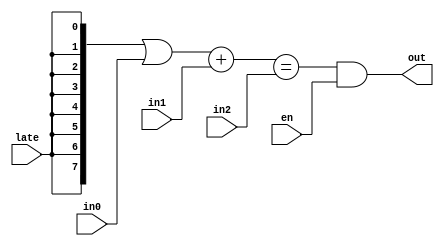
module un_shannon (in0, in1, in2, late, en, out);
input [7 : 0] in0, in1, in2;
input late, en;
output out;
  assign out = ((({8{late}} | in0) + in1) == in2) & en;
endmodule